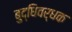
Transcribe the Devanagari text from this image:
बुद्धिवर्धक